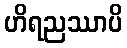
ဟိရညဿာပိ